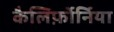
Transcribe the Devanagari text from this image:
कैलिर्फ़ोर्निया